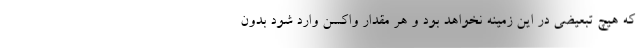
که هیچ تبعیضی در این زمینه نخواهد بود و هر مقدار واکسن وارد شود بدون